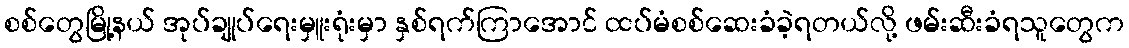
စစ်တွေမြို့နယ် အုပ်ချုပ်ရေးမှူးရုံးမှာ နှစ်ရက်ကြာအောင် ထပ်မံစစ်ဆေးခံခဲ့ရတယ်လို့ ဖမ်းဆီးခံရသူတွေက